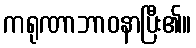
ကရုဏာဘာဝနာပြီး၏။